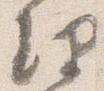
理